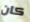
كان